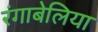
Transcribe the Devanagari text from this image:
रंगाबेलिया